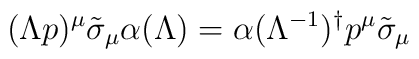
(\Lambda p)^{\mu }\tilde{\sigma}_{\mu }\alpha (\Lambda )=\alpha (\Lambda^{-1})^{\dagger }p^{\mu }\tilde{\sigma}_{\mu }